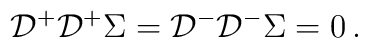
{\cal D}^+{\cal D}^+\Sigma={\cal D}^-{\cal D}^-\Sigma=0\,.